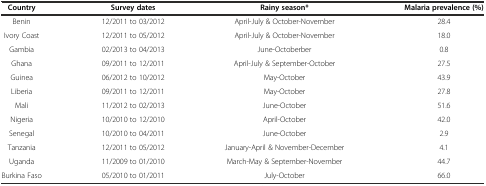
<table><thead><tr><td><b>Country</b></td><td><b>Survey dates</b></td><td><b>Rainy season*</b></td><td><b>Malaria prevalence (%)</b></td></tr></thead><tbody><tr><td>Benin</td><td>12/2011 to 03/2012</td><td>April-July &amp; October-November</td><td>28.4</td></tr><tr><td>Ivory Coast</td><td>12/2011 to 05/2012</td><td>April-July &amp; October-November</td><td>18.0</td></tr><tr><td>Gambia</td><td>02/2013 to 04/2013</td><td>June-Octoberber</td><td>0.8</td></tr><tr><td>Ghana</td><td>09/2011 to 12/2011</td><td>April-July &amp; September-October</td><td>27.5</td></tr><tr><td>Guinea</td><td>06/2012 to 10/2012</td><td>May-October</td><td>43.9</td></tr><tr><td>Liberia</td><td>09/2011 to 12/2011</td><td>May-October</td><td>27.8</td></tr><tr><td>Mali</td><td>11/2012 to 02/2013</td><td>June-October</td><td>51.6</td></tr><tr><td>Nigeria</td><td>10/2010 to 12/2010</td><td>April-October</td><td>42.0</td></tr><tr><td>Senegal</td><td>10/2010 to 04/2011</td><td>June-October</td><td>2.9</td></tr><tr><td>Tanzania</td><td>12/2011 to 05/2012</td><td>January-April &amp; November-December</td><td>4.1</td></tr><tr><td>Uganda</td><td>11/2009 to 01/2010</td><td>March-May &amp; September-November</td><td>44.7</td></tr><tr><td>Burkina Faso</td><td>05/2010 to 01/2011</td><td>July-October</td><td>66.0</td></tr></tbody></table>